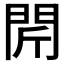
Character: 𨳜